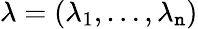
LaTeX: \lambda=(\lambda_{1},\ldots,\lambda_{\mathtt{n}})